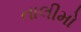
તાલીમો